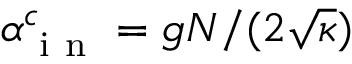
\alpha _ { \mathrm { ~ i ~ n ~ } } ^ { c } = g N / ( 2 \sqrt { \kappa } )